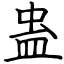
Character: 蛊